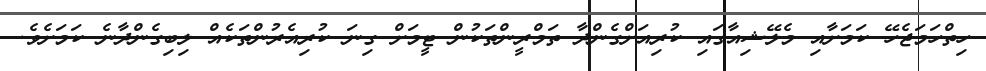
ހިތްހަމަޖެހޭ ކަމަށާއި މެލޭޝިއާގައި ކުރިއަށްގެންދާ ތަމްރީންތަކުން ޓީމަށް ގިނަ ކުރިއެރުންތަކެއް ލިބިގެންދާނެ ކަމަށެވެ.